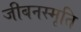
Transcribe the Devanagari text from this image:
जीबनस्मृति